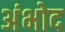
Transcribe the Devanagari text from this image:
अंभोद